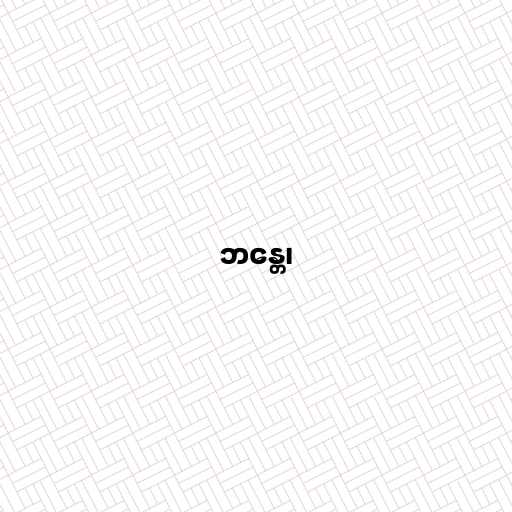
ဘန္တေ၊